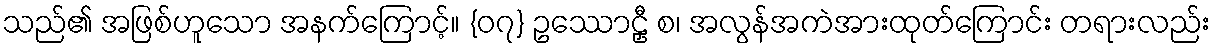
သည်၏ အဖြစ်ဟူသော အနက်ကြောင့်။ {၀၇} ဥဿောဠှီ စ၊ အလွန်အကဲအားထုတ်ကြောင်း တရားလည်း